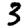
Digit: 3